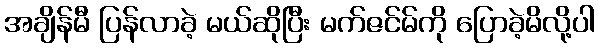
အချိန်မီ ပြန်လာခဲ့ မယ်ဆိုပြီး မက်ဇင်မ်ကို ပြောခဲ့မိလို့ပါ